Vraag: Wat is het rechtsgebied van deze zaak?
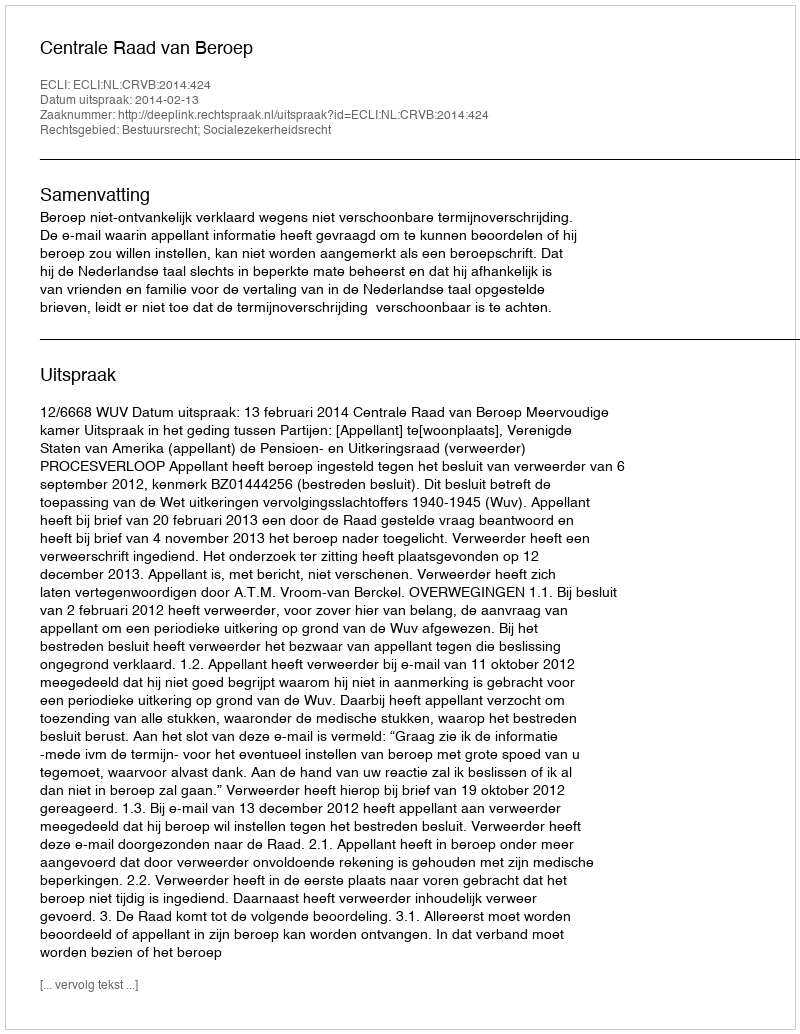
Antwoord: Bestuursrecht; Socialezekerheidsrecht